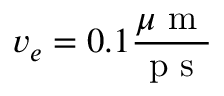
v _ { e } = 0 . 1 \frac { \mu \mathrm { ~ m ~ } } { \mathrm { ~ p ~ s ~ } }